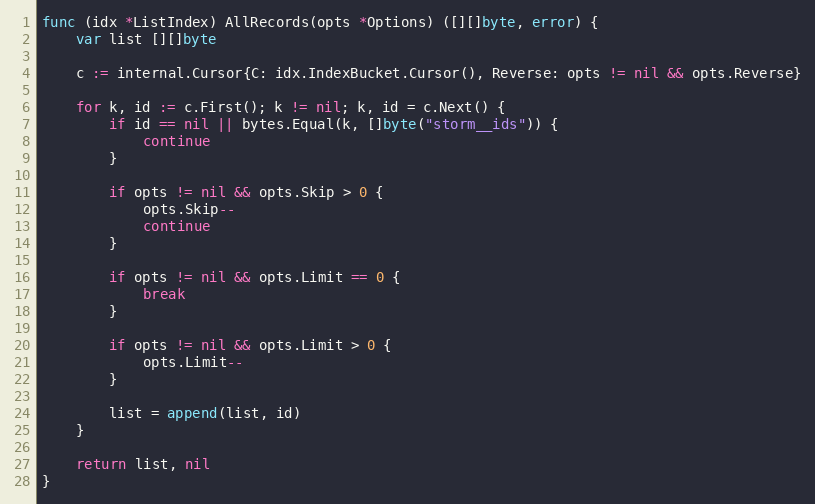
Language: Go
func (idx *ListIndex) AllRecords(opts *Options) ([][]byte, error) {
	var list [][]byte

	c := internal.Cursor{C: idx.IndexBucket.Cursor(), Reverse: opts != nil && opts.Reverse}

	for k, id := c.First(); k != nil; k, id = c.Next() {
		if id == nil || bytes.Equal(k, []byte("storm__ids")) {
			continue
		}

		if opts != nil && opts.Skip > 0 {
			opts.Skip--
			continue
		}

		if opts != nil && opts.Limit == 0 {
			break
		}

		if opts != nil && opts.Limit > 0 {
			opts.Limit--
		}

		list = append(list, id)
	}

	return list, nil
}